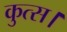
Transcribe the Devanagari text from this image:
कुत्स।